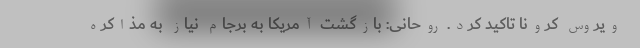
ویروس کرونا تاکید کرد. روحانی: بازگشت آمریکا به برجام نیاز به مذاکره